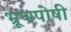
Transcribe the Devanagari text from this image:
भ्रूणपोषी